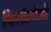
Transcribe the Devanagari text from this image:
फिलॉलोजी